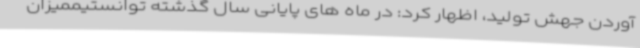
آوردن جهش تولید، اظهار کرد: در ماه های پایانی سال گذشته توانستیممیزان